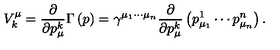
V _ { k } ^ { \mu } = \frac \partial { \partial p _ { \mu } ^ { k } } \Gamma \left( p \right) = \gamma ^ { \mu _ { 1 } \cdots \mu _ { n } } \frac \partial { \partial p _ { \mu } ^ { k } } \left( p _ { \mu _ { 1 } } ^ { 1 } \cdots p _ { \mu _ { n } } ^ { n } \right) .